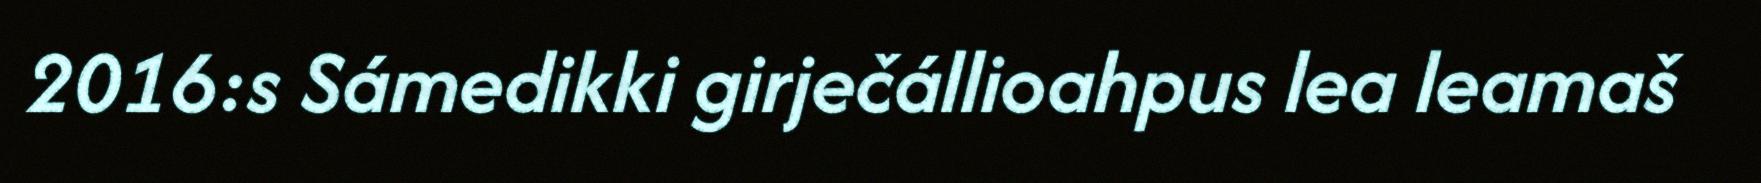
2016:s Sámedikki girječállioahpus lea leamaš